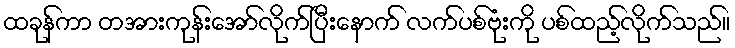
ထခုန်ကာ တအားကုန်းအော်လိုက်ပြီးနောက် လက်ပစ်ဗုံးကို ပစ်ထည့်လိုက်သည်။